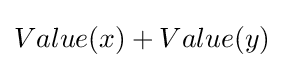
Value(x)+Value(y)